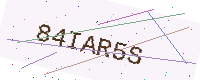
Text: 84IAR5S